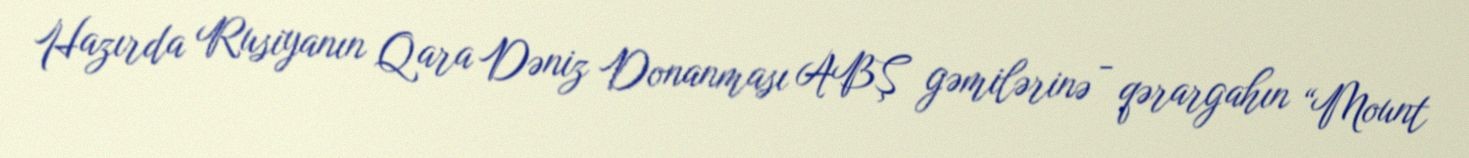
Hazırda Rusiyanın Qara Dəniz Donanması ABŞ gəmilərinə - qərargahın “Mount